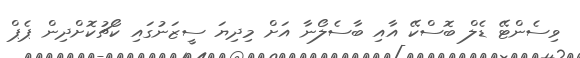
ވިސެންޓޭ ޑެލް ބޮސްކޭ އާއި ބާސެލޯނާ އަށް މިދިޔަ ސީޒަނުގައި ކޯޗުކޮށްދިން ޕެޕް